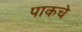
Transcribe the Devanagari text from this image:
पाकचे